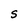
Character: S